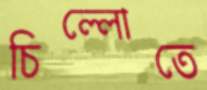
চিল্লোতে